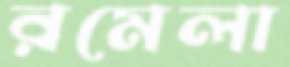
রমেলা